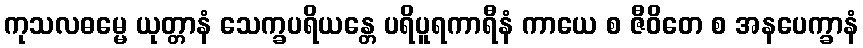
ကုသလဓမ္မေ ယုတ္တာနံ သေက္ခပရိယန္တေ ပရိပူရကာရီနံ ကာယေ စ ဇီဝိတေ စ အနပေက္ခာနံ